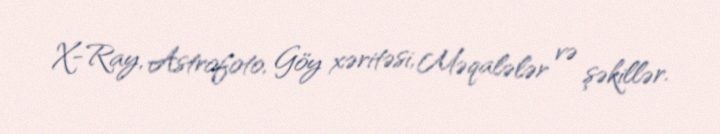
X-Ray, Astrofoto, Göy xəritəsi, Məqalələr və şəkillər.